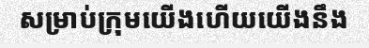
សម្រាប់ក្រុមយើងហើយយើងនឹង